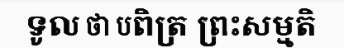
ទូល ថា បពិត្រ ព្រះសម្មតិ